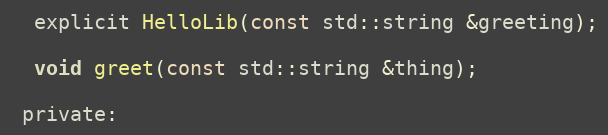
Language: C
  explicit HelloLib(const std::string &greeting);

  void greet(const std::string &thing);

 private: